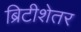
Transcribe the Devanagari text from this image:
ब्रिटीशेतर